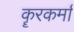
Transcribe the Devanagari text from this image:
कॄरकर्मा